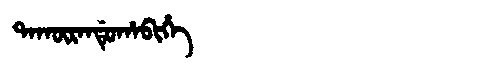
Manchu: ᡨᠠᡴᡡᡵᠠᠨᡩᡠᡥᠠᠪᡳᡥᡝ
Romanization: TAKŪRANDUHABIHE